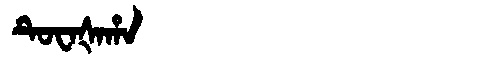
Manchu: ᡨᡠᠸᠠᡧᠠᡥᠠ
Romanization: TUWAŠAHA